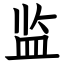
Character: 监